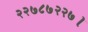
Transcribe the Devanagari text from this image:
२२७८७२२७।